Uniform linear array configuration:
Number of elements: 24
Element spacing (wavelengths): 0.75
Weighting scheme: cosine
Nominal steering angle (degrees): -60
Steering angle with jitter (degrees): -60.596
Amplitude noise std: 0.05
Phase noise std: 0.05

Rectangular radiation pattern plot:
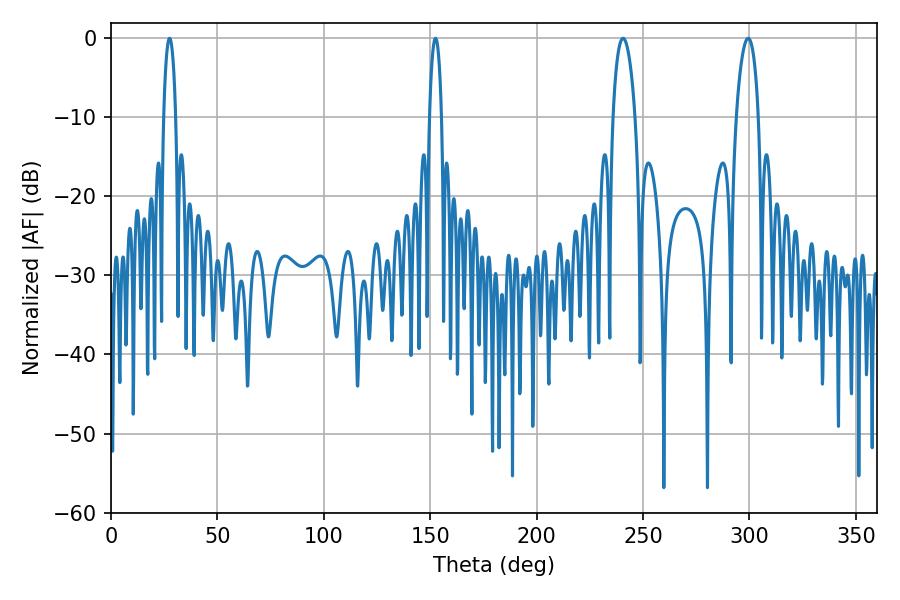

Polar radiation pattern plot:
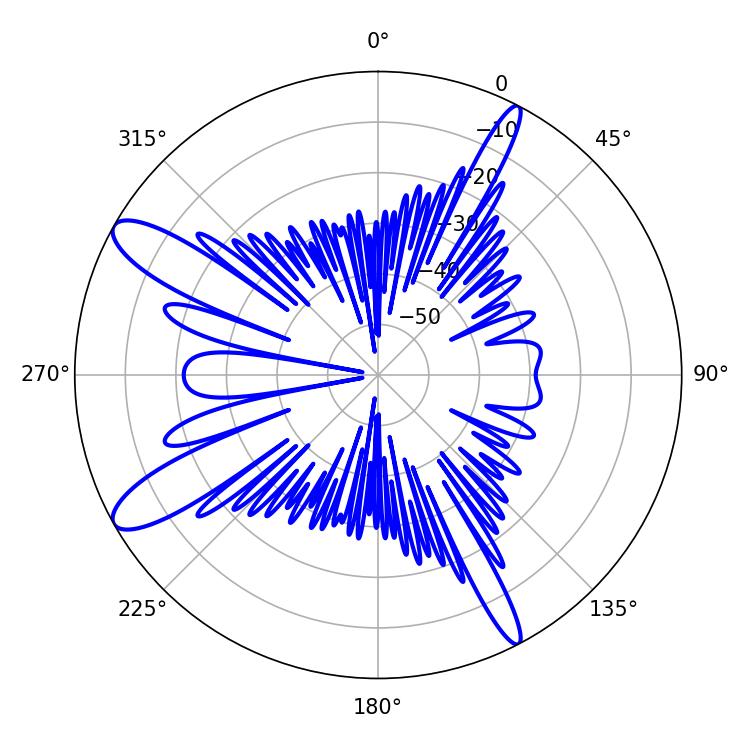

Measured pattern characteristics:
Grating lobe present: TRUE
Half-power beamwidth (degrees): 3.24
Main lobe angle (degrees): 27.54